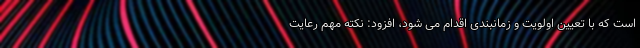
است که با تعیین اولویت و زمانبندی اقدام می شود، افزود: نکته مهم رعایت